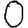
Digit: 0